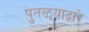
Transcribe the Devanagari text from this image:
पुतळ्याद्वारे